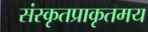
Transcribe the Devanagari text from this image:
संस्कृतप्राकृतमय